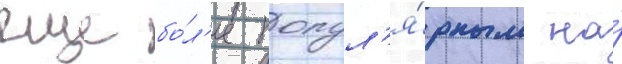
еще бо́л'ее попул'я́рным на́